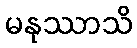
မနုဿာသိ